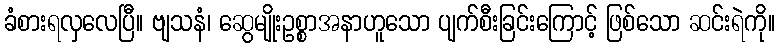
ခံစားရလှလေပြီ။ ဗျသနံ၊ ဆွေမျိုးဥစ္စာအနာဟူသော ပျက်စီးခြင်းကြောင့် ဖြစ်သော ဆင်းရဲကို။